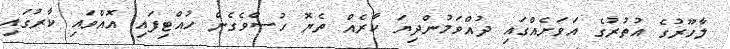
ލާހޫރުގެ އުތުރުގެ އަވަށެއްގައި ދުއްވަމުންދިޔަ ކާރެއް ތެޔޮ ހުސްވެގެން ހުއްޓިފައި އޮއްވައި ކާރުގައި